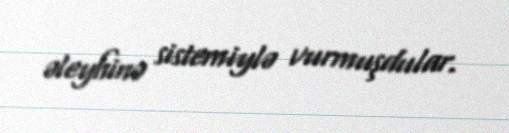
əleyhinə sistemiylə vurmuşdular.